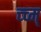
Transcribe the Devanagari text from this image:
च्च्म्